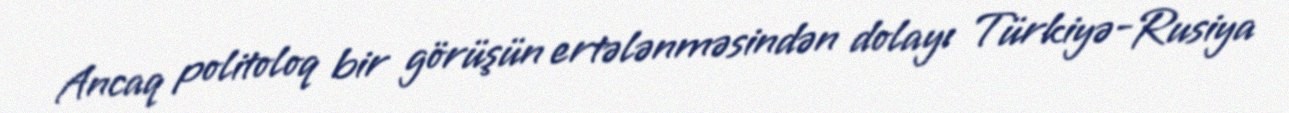
Ancaq politoloq bir görüşün ertələnməsindən dolayı Türkiyə-Rusiya